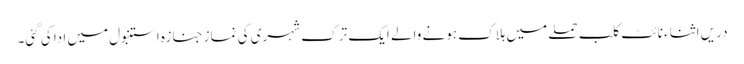
دریں اثناء نائٹ کلب حملے میں ہلاک ہونے والے ایک ترک شہری کی نماز جنازہ استنبول میں ادا کی گئی۔